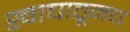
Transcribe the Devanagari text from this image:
खाचातूनच